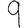
Digit: 9